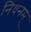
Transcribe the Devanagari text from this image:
निधनम्